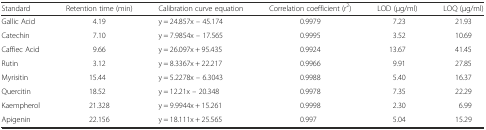
<table><thead><tr><td><b>Standard</b></td><td><b>Retention time (min)</b></td><td><b>Calibration curve equation</b></td><td><b>Correlation coefficient (r<sup>2</sup>)</b></td><td><b>LOD (μg/ml)</b></td><td><b>LOQ (μg/ml)</b></td></tr></thead><tbody><tr><td>Gallic Acid</td><td>4.19</td><td>y = 24.857x – 45.174</td><td>0.9979</td><td>7.23</td><td>21.93</td></tr><tr><td>Catechin</td><td>7.10</td><td>y = 7.9854x – 17.565</td><td>0.9995</td><td>3.52</td><td>10.69</td></tr><tr><td>Caffiec Acid</td><td>9.66</td><td>y = 26.097x + 95.435</td><td>0.9924</td><td>13.67</td><td>41.45</td></tr><tr><td>Rutin</td><td>3.12</td><td>y = 8.3367x + 22.217</td><td>0.9966</td><td>9.91</td><td>27.85</td></tr><tr><td>Myrisitin</td><td>15.44</td><td>y = 5.2278x – 6.3043</td><td>0.9988</td><td>5.40</td><td>16.37</td></tr><tr><td>Quercitin</td><td>18.52</td><td>y = 12.21x – 20.348</td><td>0.9978</td><td>7.35</td><td>22.29</td></tr><tr><td>Kaempherol</td><td>21.328</td><td>y = 9.9944x + 15.261</td><td>0.9998</td><td>2.30</td><td>6.99</td></tr><tr><td>Apigenin</td><td>22.156</td><td>y = 18.111x + 25.565</td><td>0.997</td><td>5.04</td><td>15.29</td></tr></tbody></table>